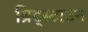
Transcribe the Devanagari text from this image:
ब्रिड्स्टाउन